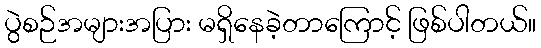
ပွဲစဉ်အများအပြား မရှိနေခဲ့တာကြောင့် ဖြစ်ပါတယ်။